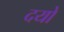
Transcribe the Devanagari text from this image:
दयो